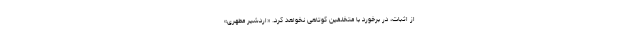
از اثبات، در برخورد با متخلفین کوتاهی نخواهد کرد. «اردشیر مطهری»